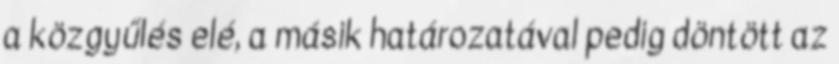
a közgyűlés elé, a másik határozatával pedig döntött az